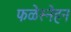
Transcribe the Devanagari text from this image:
फळेस्नेहन